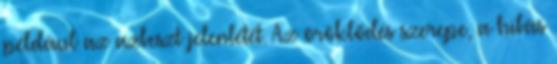
például az azbeszt jelenlétét. Az öröklődés szerepe, a hibás